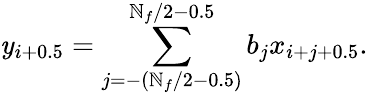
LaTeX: \mathit{y}_{i+0.5}=\sum_{j=-(\mathbb{N}_{f}/2-0.5)}^{\mathbb{N}_{f}/2-0.5}b_{j}x_{i+j+0.5}.